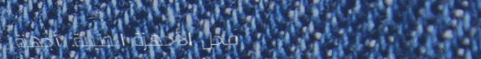
محل الأجهزة الطبية: أجهزة